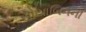
સોયાબિનની